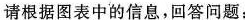
请根据图表中的信息，回答问题：